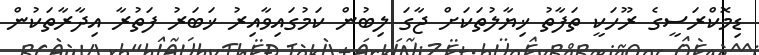
ޑިމޮކްރަސީގެ ރޫހަކީ ތަފާތު ޚިޔާލުތަކަށް ޖާގަ ލިބުން ކަމުގައިވާއިރު ޚަބަރު ފަތުރާ އިދާރާތަކުން